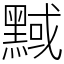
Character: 𪑝